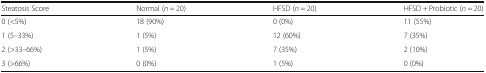
<table><thead><tr><td><b>Steatosis Score</b></td><td><b>Normal (<i>n</i> = 20)</b></td><td><b>HFSD (<i>n</i> = 20)</b></td><td><b>HFSD + Probiotic (<i>n</i> = 20)</b></td></tr></thead><tbody><tr><td>0 (&lt;5%)</td><td>18 (90%)</td><td>0 (0%)</td><td>11 (55%)</td></tr><tr><td>1 (5–33%)</td><td>1 (5%)</td><td>12 (60%)</td><td>7 (35%)</td></tr><tr><td>2 (&gt;33–66%)</td><td>1 (5%)</td><td>7 (35%)</td><td>2 (10%)</td></tr><tr><td>3 (&gt;66%)</td><td>0 (0%)</td><td>1 (5%)</td><td>0 (0%)</td></tr></tbody></table>